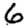
Digit: 6